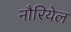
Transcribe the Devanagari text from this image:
नौरियेल